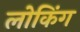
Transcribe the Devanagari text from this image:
लोकिंग